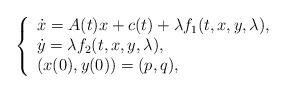
LaTeX: \begin{align*} \left\{ \begin{array}{l} \dot x = {A}(t)x + c(t) + \lambda f_1(t, x, y,\lambda), \\ \dot y = \lambda f_2(t, x, y,\lambda),\\ (x(0), y(0))= (p, q), \end{array} \right.\end{align*}